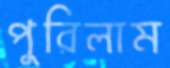
পুরিলাম